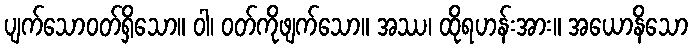
ပျက်သောဝတ်ရှိသော။ ဝါ၊ ဝတ်ကိုဖျက်သော။ အဿ၊ ထိုရဟန်းအား။ အယောနိသော